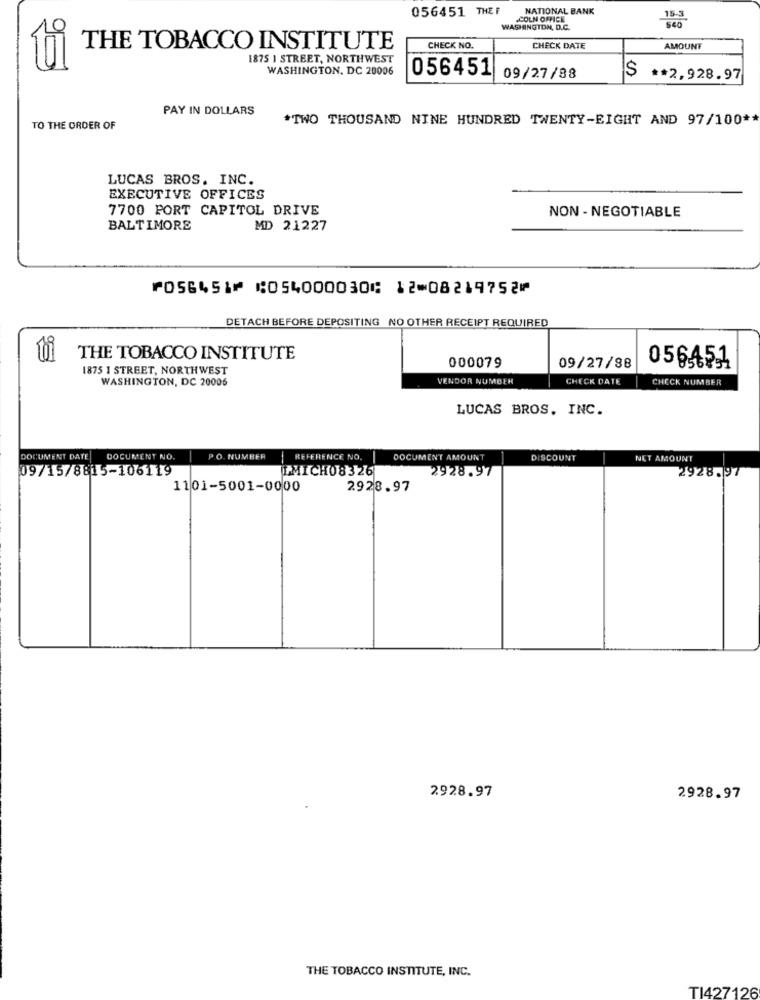
056451 THEF
NATIONAL BANK
15-3
.COLN OFFICE
540
9
WASHINGTON, D.C.
THE TOBACCO INSTITUTE
CHECK NO.
CHECK DATE
AMOUNT
1875 1 STREET, NORTHWEST
WASHINGTON, DC 20006
056451
09/27/88
$ ** 2,928.97
PAY IN DOLLARS
*TWO THOUSAND NINE HUNDRED TWENTY-EIGHT AND 97/100 **
TO THE ORDER OF
LUCAS BROS. INC.
EXECUTIVE OFFICES
7700 PORT CAPITOL DRIVE
NON- NEGOTIABLE
BALTIMORE
MD 21227
⑈056451⑈ ⑆054000030⑆ 12⑉08219752⑈
DETACH BEFORE DEPOSITING NO OTHER RECEIPT REQUIRED
THE TOBACCO INSTITUTE
056451
1875 1 STREET, NORTHWEST
000079
09/27/88
WASHINGTON, DC 20006
VENDOR NUMBER
CHECK DATE
CHECK NUMBER
LUCAS BROS, INC.
DOCUMENT DATE
DOCUMENT NO.
PO. NUMBER
REFERENCE NO.
DOCUMENT AMOUNT
DISCOUNT
NET AMOUNT
09/15/8815-106119
MICH08326
2928.9
2928.97
1101-5001-0000
2928.97
2928.97
2928.97
THE TOBACCO INSTITUTE, INC.
TI427126